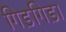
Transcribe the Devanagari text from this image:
गिड़गिड़ा